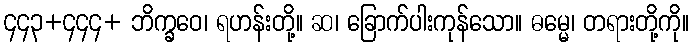
၄၄၃+၄၄၄+ ဘိက္ခဝေ၊ ရဟန်းတို့။ ဆ၊ ခြောက်ပါးကုန်သော။ ဓမ္မေ၊ တရားတို့ကို။